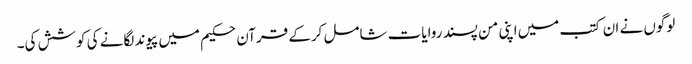
لوگوں نے ان کتب میں‌اپنی من پسند روایات شامل کرکے قرآن حکیم میں پیوند لگانے کی کوشش کی۔